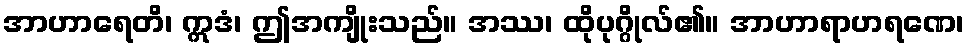
အာဟာရေတိ၊ ဣဒံ၊ ဤအကျိုးသည်။ အဿ၊ ထိုပုဂ္ဂိုလ်၏။ အာဟာရာဟရဏေ၊